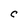
Character: C